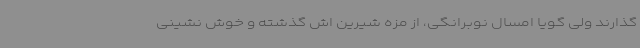
‌گذارند ولی گویا امسال نوبرانگی، از مزه شیرین اش گذشته و خوش نشینی